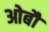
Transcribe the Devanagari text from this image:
ओबौ